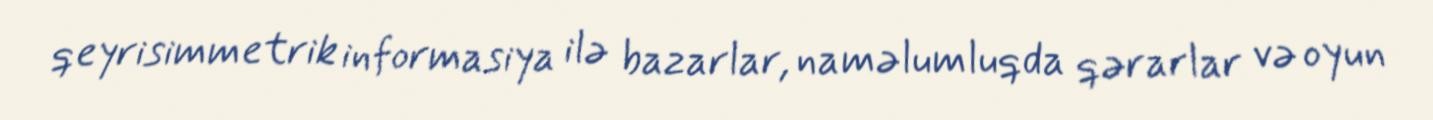
qeyrisimmetrik informasiya ilə bazarlar, naməlumluqda qərarlar və oyun